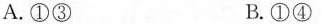
A.①③ B.①④